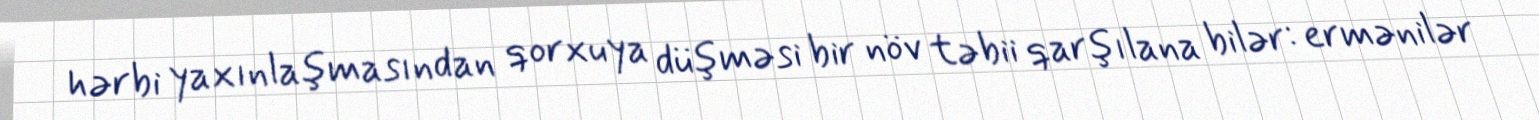
hərbi yaxınlaşmasından qorxuya düşməsi bir növ təbii qarşılana bilər: ermənilər